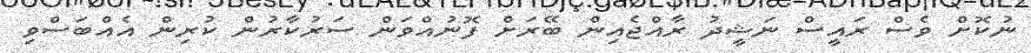
ނުކޮށް ވެސް ރައީސް ނަޝީދު ރާއްޖެއިން ބޭރަށް ފޮނުއްވަން ސަރުކާރުން ކުރިން އެއްބަސްވި